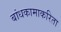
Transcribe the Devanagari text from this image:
बांधकामाकरिता